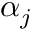
\alpha _ { j }